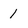
Character: 1